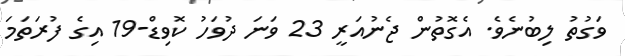
ވަގުތު ލިބުނެވެ. އެގޮތުން ޖެނުއަރީ 23 ވަނަ ދުވަހު ކޮވިޑް-19 އިގެ ފުރަތަމަ